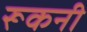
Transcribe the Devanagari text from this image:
रूकनी